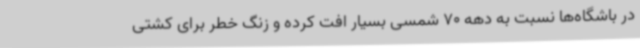
در باشگاه‌ها نسبت به دهه 70 شمسی بسیار افت کرده و زنگ خطر برای کشتی